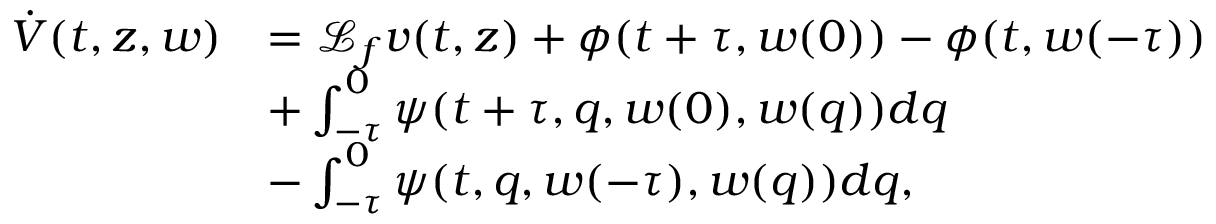
\begin{array} { r l } { \dot { V } ( t , z , w ) } & { = \mathcal { L } _ { f } v ( t , z ) + \phi ( t + \tau , w ( 0 ) ) - \phi ( t , w ( - \tau ) ) } \\ & { + \textstyle \int _ { - \tau } ^ { 0 } \psi ( t + \tau , q , w ( 0 ) , w ( q ) ) d q } \\ & { - \textstyle \int _ { - \tau } ^ { 0 } \psi ( t , q , w ( - \tau ) , w ( q ) ) d q , } \end{array}